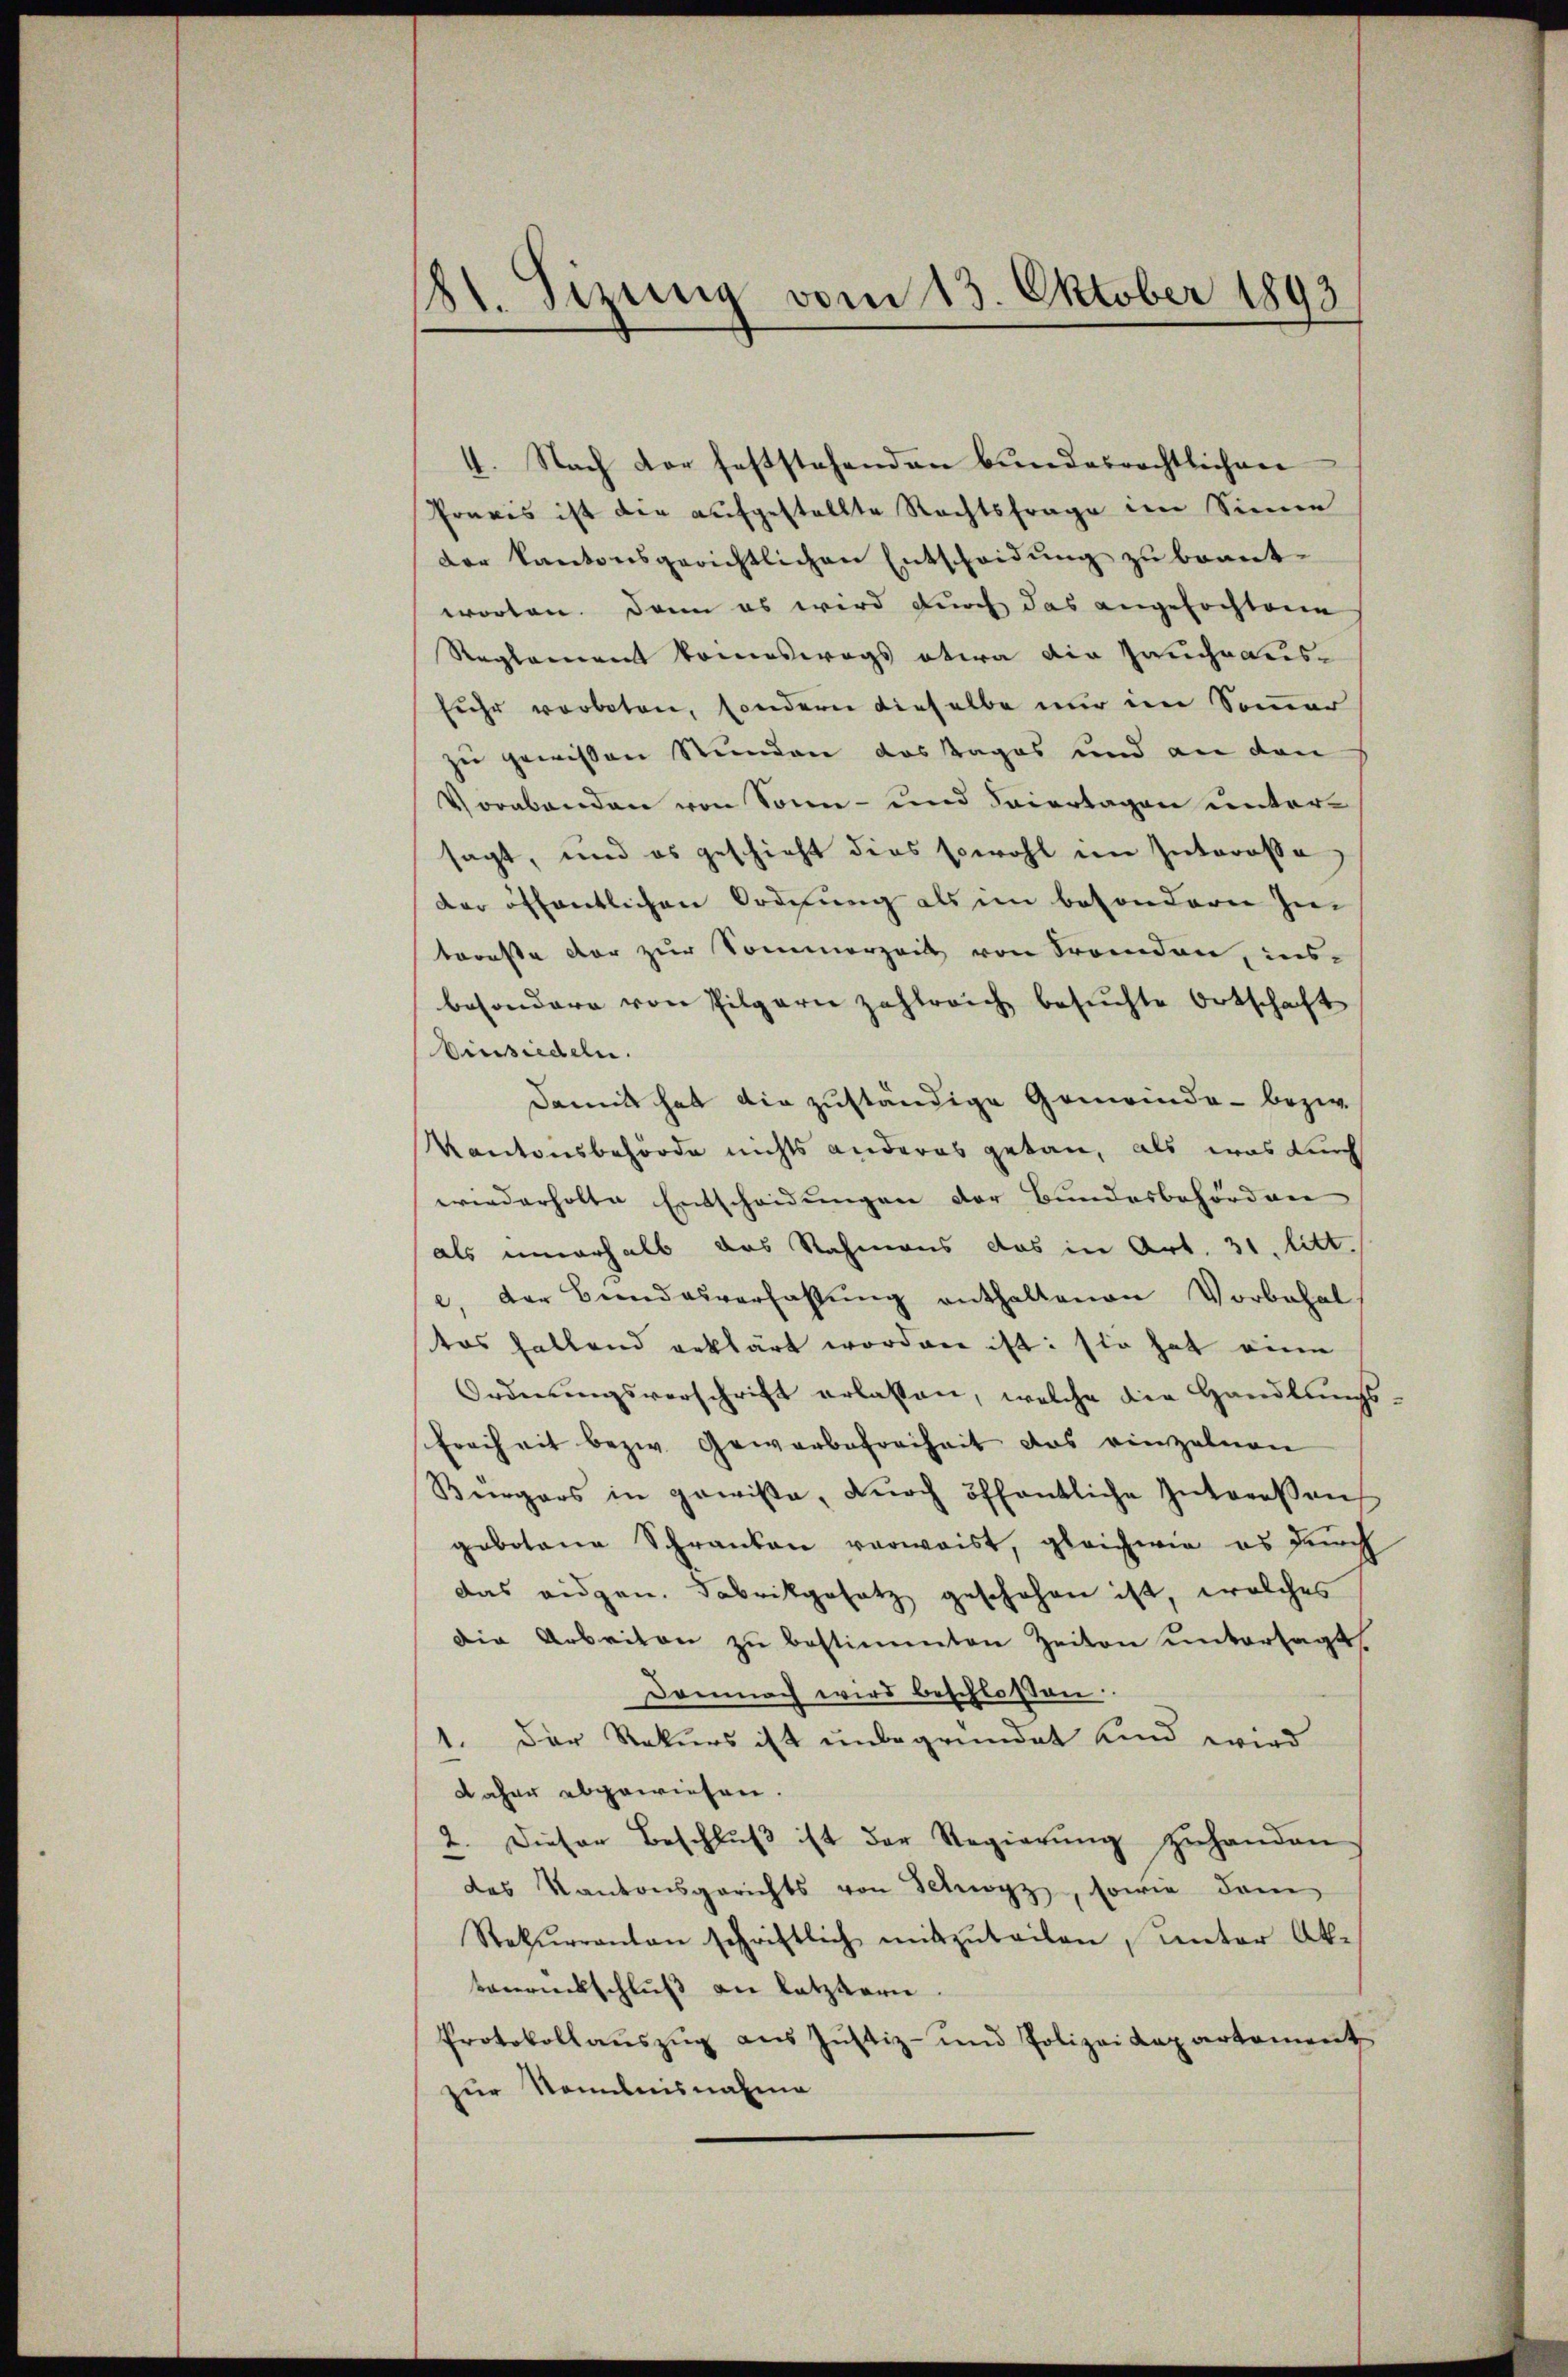
41. Sizung vom 13. Oktober 1893

4. Nach vor feststehenden bundesrechtlichen
Praxis ist die aufgestellte Rechtsfrage im Sinne
der kantonsgerichtlichen Entscheidung zu beant-
worten. Dann es wird durch das angefochtene
Reglement kommeswegs etwa die Jauchnausfuhr verboten, sondern dieselbe nur im Sommer
zu gewissen Stunden das Tages und an den
Vorabenden von Sonn- und Feiertagen untersagt, und es geschieht dies sowohl im Interesse
der öffentlichen Ordnung als im besonderer In
troeste der zur Sommerzeit von Fremden, ins-
besondere von Pilgern zahlreich besuchte Ortschaft
Vinsiedeln.
Damit hat die zuständige Gemeinde - bezw.
Kantonsbehörde nichts anderes getan, als was durch
wiederholte Entscheidungen der Bundesbehörden
als unverhalb das Rahmens das in Art. 31. litt.
e, der Bundesverfassung enthaltenen Vorbehal
tes Fallend erklärt worden ist: sie hat eine
Ordnŭngsverschrift erlassen, welche die Handlŭngs-
Freiheit bezw. Gewerbefreiheit das einzelnen
Bergers in gewisse, dŭrch öffentliche Interessen
gebotene Schranken verwaist, gleichwie es durch
das eidgen. Fabrikgesetz geschehen ist, welches
Die Arbeiten zŭ bestimmten Zeiten untersagt,
Demnach wird beschlossen.
 Der Rekurs ist unbegründet und wird
daher abgewiesen.
2. Dieser Beschlŭβ ist der Regierŭng zŭhanden.
des Kantonsgerichts von Schwyz, sowie dam
Rekŭrranton schriftlich mitzŭteilen, unter Ak-
bauruckschluß die letztere
Protokollaŭszŭg aŭs Jŭstiz- und Polizeidepartement
zur Nominisnahme